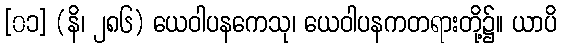
[၀၁] (နိ၊ ၂၈၆) ယေဝါပနကေသု၊ ယေဝါပနကတရားတို့၌။ ယာပိ